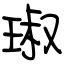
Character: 琡